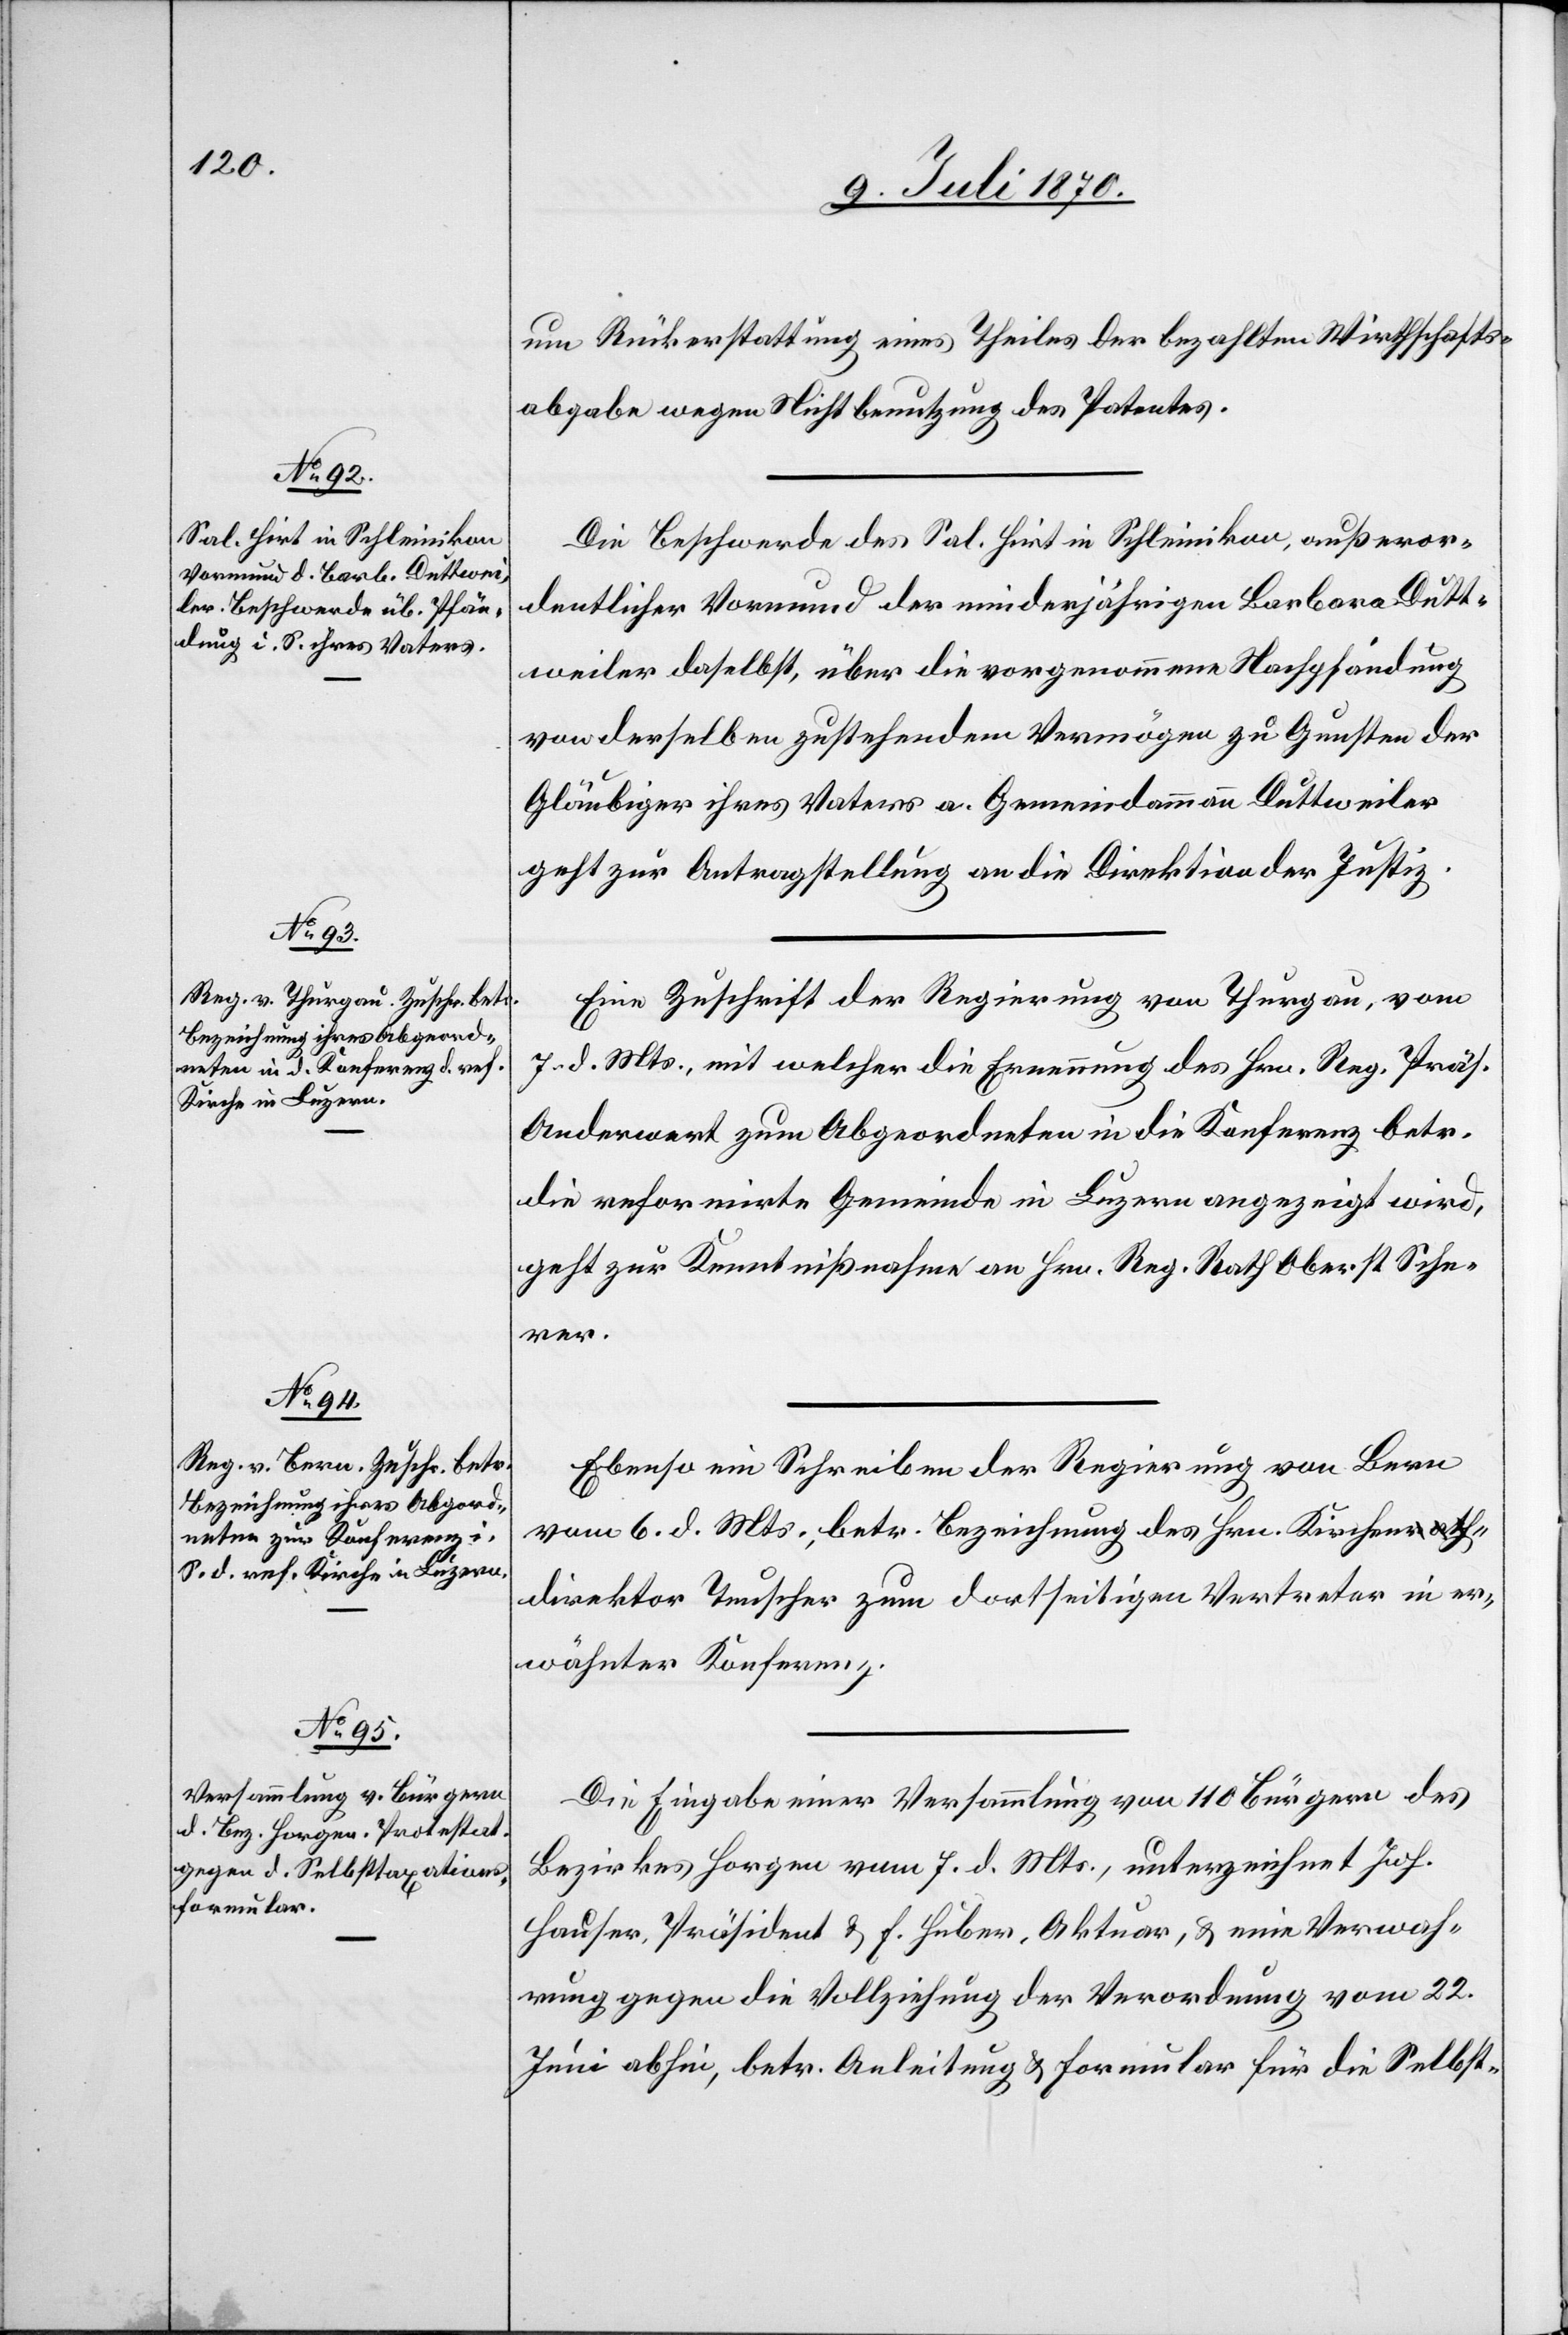
11. Juli 1870.]
um Rückerstattung eines Theiles der bezahlten Wirthschafts¬
abgabe wegen Nichtbenutzung des Patentes.
Die Beschwerde des Sal. Hirt in Schleinikon, außeror¬
dentlicher Vormund der minderjährigen Barbara Dutt¬
weiler daselbst, über die vorgenommene Nachpfändung
von derselben zustehendem Vermögen zu Gunsten der
Gläubiger ihres Vaters a. Gemeindammann Duttweiler
geht zur Antragstellung an die Direktion der Justiz.
Eine Zuschrift der Regierung von Thurgau, vom
7. d. Mts., mit welcher die Ernennung des Hrn. Reg. Präs.
Anderwert zum Abgeordneten in die Konferenz betr.
die reformirte Gemeinde in Luzern angezeigt wird,
geht zur Kenntnißnahme an Hrn. Reg. Rath Oberst Sche¬
rer.
Ebenso ein Schreiben der Regierung von Bern
vom 6. d. Mts., betr. Bezeichnung des Hrn. Kirchen¬
direktor Teuscher zum dortseitigen Vertreter in er¬
wähnter Konferenz.
Die Eingabe einer Versammlung von 110 Bürgern des
Bezirkes Horgen vom 7. d. Mts., unterzeichnet Joh.
Hauser, Präsident & F. Huber, Aktuar, & eine Verwah¬
rung gegen die Vollziehung der Verordnung vom 22.
Juni abhin, betr. Anleitung & Formular für die Selbst-